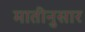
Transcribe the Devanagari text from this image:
मातीनुसार